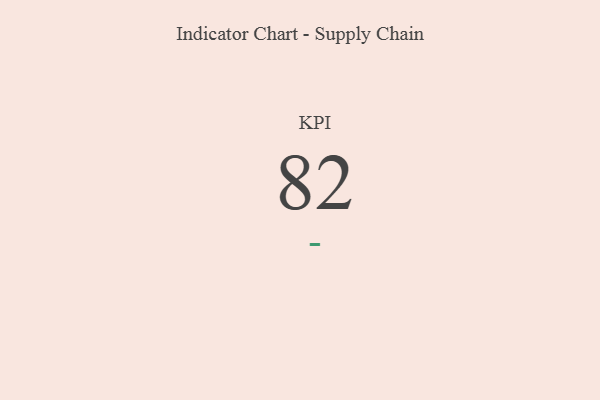
{"axis": {"x": "KPI", "y": "Value"}, "legend": [""], "data": [{"x": "KPI", "y": 82, "type": ""}]}